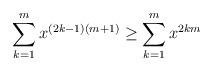
LaTeX: \begin{align*}\sum\limits_{k = 1}^m {{x^{\left( {2k - 1} \right)\left( {m + 1} \right)}}} \ge \sum\limits_{k = 1}^m {{x^{2km}}} \end{align*}